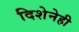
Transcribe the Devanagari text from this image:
दिशेनेही